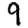
Digit: 9